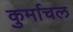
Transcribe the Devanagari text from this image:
कुर्माचल